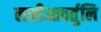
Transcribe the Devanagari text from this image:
लसीआवर्तुलि